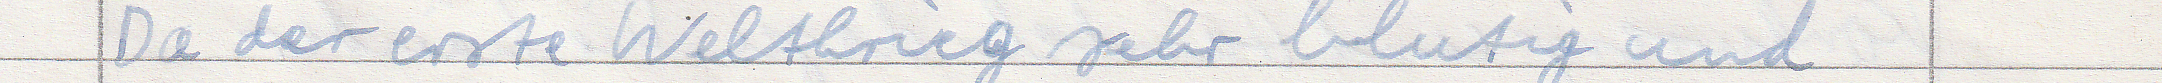
Da der erste Weltkrieg sehr blutig und